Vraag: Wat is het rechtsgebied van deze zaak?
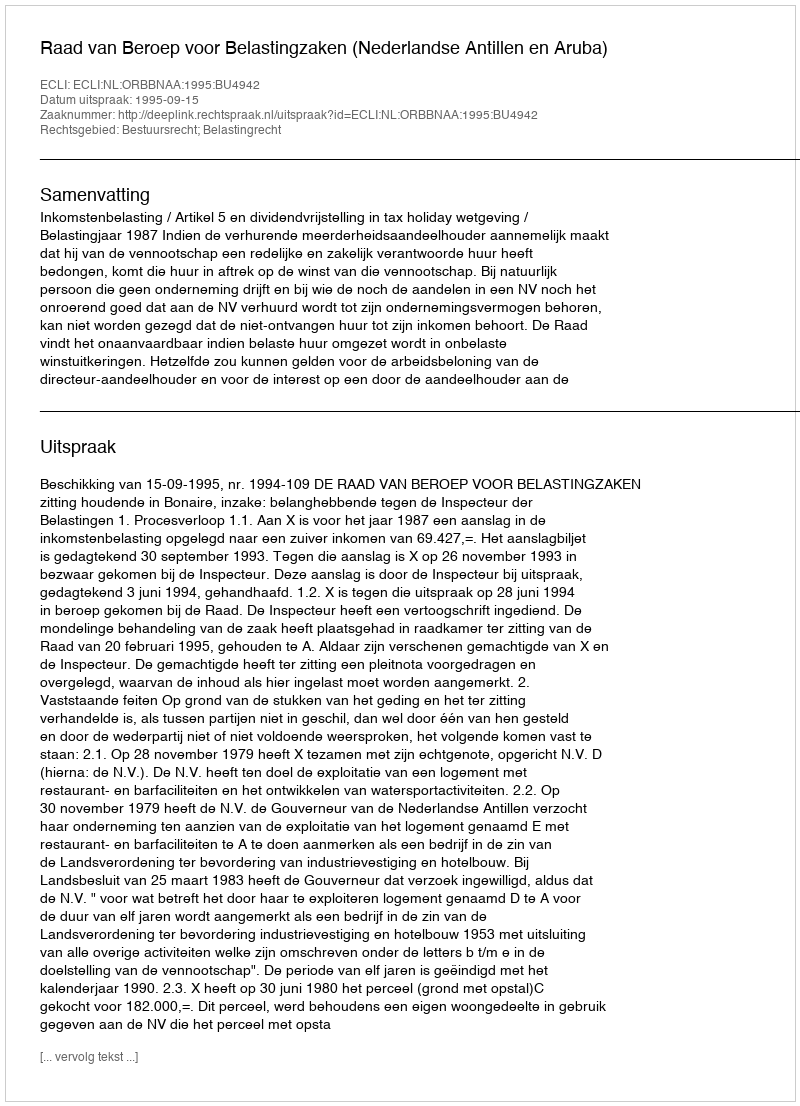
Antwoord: Bestuursrecht; Belastingrecht